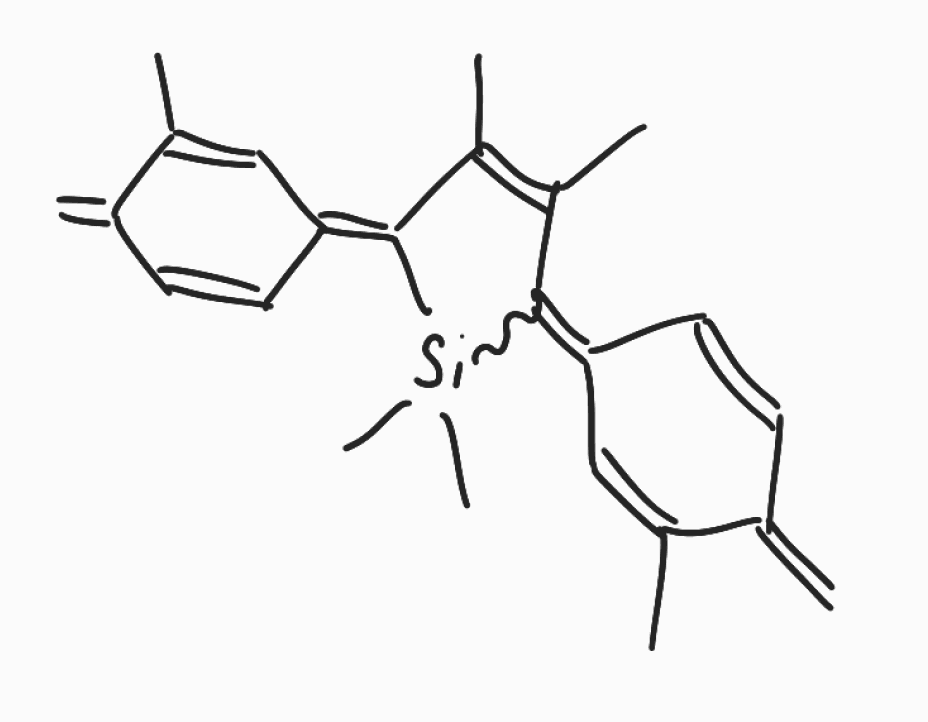
Simplified molecular-input line-entry system (SMILES) notation of the given molecule:
CC1=CC(=C2C(=C(/C(=C\3/C=CC(=C)C(=C3)C)/[Si]2(C)C)C)C)C=CC1=C